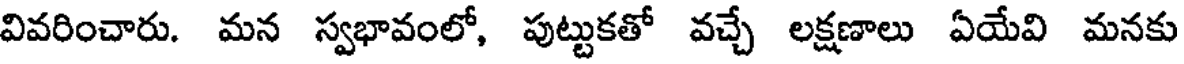
వివరించారు. మన స్వభావంలో, పుట్టుకతో వచ్చే లక్షణాలు ఏయేవి మనకు